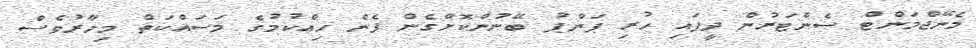
މެނޭޖްމަންޓް ސެންޓަރުން ދީފައި ހުރި ޕަންޕު ބޭނުންކޮށްގެން ފެން ހިއްކުމުގެ މަސައްކަތް މިހާރުވެސް